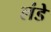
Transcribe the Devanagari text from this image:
लंडे